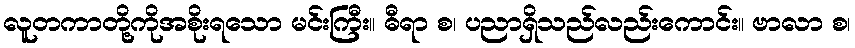
လူတကာတို့ကိုအစိုးရသော မင်းကြီး။ ဓီရာ စ၊ ပညာရှိသည်လည်းကောင်း။ ဗာလာ စ၊